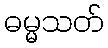
ဓမ္မသတ်